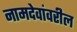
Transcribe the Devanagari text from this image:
नामदेवांवरील